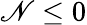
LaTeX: \mathscr{N}\le0